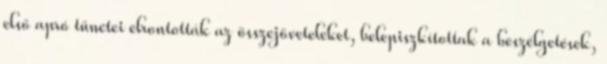
első apró tünetei elrontották az összejöveteleket, belepiszkítottak a beszélgetések,